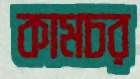
কামচর